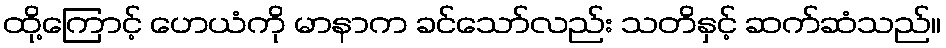
ထို့ကြောင့် ဟေယံကို မာနာက ခင်သော်လည်း သတိနှင့် ဆက်ဆံသည်။